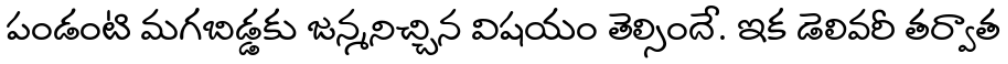
పండంటి మగబిడ్డకు జన్మనిచ్చిన విషయం తెల్సిందే. ఇక డెలివరీ తర్వాత